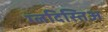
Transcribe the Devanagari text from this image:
ग्लदिस्तिअ